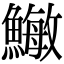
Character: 䲄